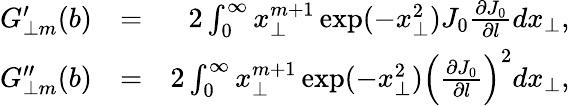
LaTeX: \begin{array}{rlr}{G_{\perp m}^{\prime}(b)}&{=}&{2\int_{0}^{\infty}x_{\perp}^{m+1}\exp(-x_{\perp}^{2})J_{0}\frac{\partial J_{0}}{\partial l}dx_{\perp},}\\ {G_{\perp m}^{\prime\prime}(b)}&{=}&{2\int_{0}^{\infty}x_{\perp}^{m+1}\exp(-x_{\perp}^{2})\left(\frac{\partial J_{0}}{\partial l}\right)^{2}dx_{\perp},}\end{array}